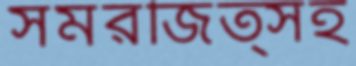
সমরজিত্সহ